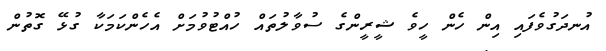
އުނދަގުވެފައި އިން ހެން ހީވެ ޝީރީންގެ ސުވާލުތައް ހުއްޓުވުމަށް އެހެންކަމަކާ ގުޅޭ ގޮތުން